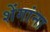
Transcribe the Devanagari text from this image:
शेंगांना